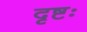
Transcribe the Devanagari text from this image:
दृष्टः